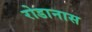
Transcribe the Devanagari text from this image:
रोडानास